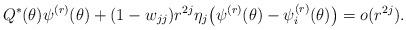
LaTeX: \begin{align*} & Q^*(\theta)\psi^{(r)}(\theta) + (1-w_{jj})r^{2j} \eta_j \bigl ( \psi^{(r)}(\theta)-\psi^{(r)}_i(\theta) \bigr ) = o(r^{2j}). \end{align*}